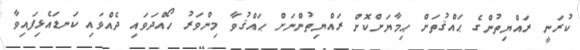
ކުރަނީ ރައްޔިތުންގެ ޙައްޤުތަށް ޙިމާޔަށްކޮށް ރައްޔިތުންނަށް ޙައްޤުވާ މިންވަރު ހޯއްދަވައި ދެއްވައި ކަނޑައެޅިފައިވާ